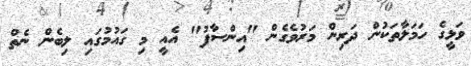
ވަޅީގެ ހަމަލާތަކުން ދަރިން މަރުވެގެން "އިންސާފު" އެއީ މި ގައުމުގައި ލިބެން ނެތް